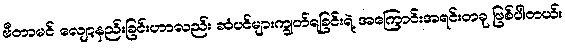
ဗီတာမင် လျော့နည်းခြင်းဟာလည်း ဆံပင်များကျွတ်ရခြင်းရဲ့ အကြောင်းအရင်းတခု ဖြစ်ပါတယ်။